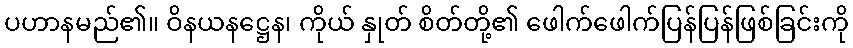
ပဟာနမည်၏။ ဝိနယနဋ္ဌေန၊ ကိုယ် နှုတ် စိတ်တို့၏ ဖေါက်ဖေါက်ပြန်ပြန်ဖြစ်ခြင်းကို